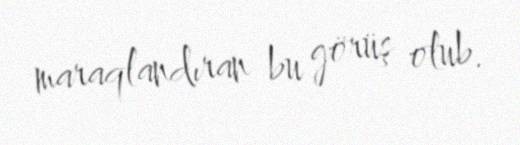
maraqlandıran bu görüş olub.